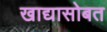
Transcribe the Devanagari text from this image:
खाद्यासोबत